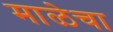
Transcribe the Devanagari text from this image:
माळेचा